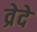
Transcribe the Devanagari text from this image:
व्रेदे